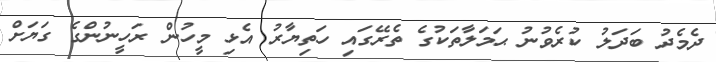
ދެމެދު ބަދަލު ކުރެވުނު ޙަމަލާތަކުގެ ތެރޭގައި ހަތިޔާރު އެޅި މީހުން ރަހީނުންގެ ގަޔަށް